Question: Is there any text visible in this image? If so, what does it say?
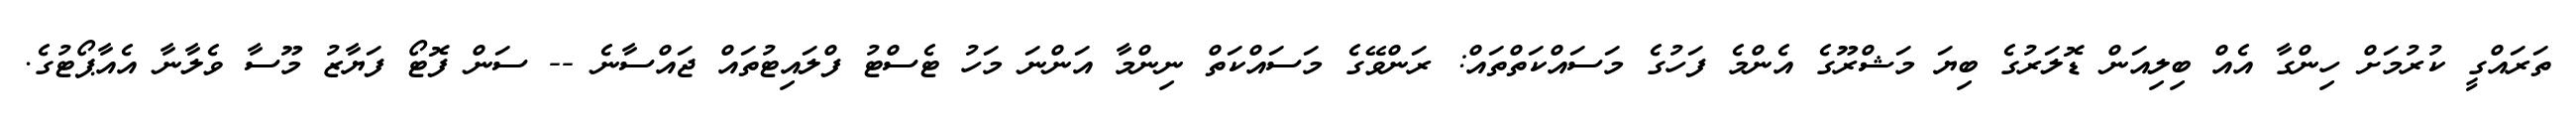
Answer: ތަރައްގީ ކުރުމަށް ހިންގާ އެއް ބިލިއަން ޑޮލަރުގެ ބިޔަ މަޝްރޫގެ އެންމެ ފަހުގެ މަސައްކަތްތައް: ރަންވޭގެ މަސައްކަތް ނިންމާ އަންނަ މަހު ޓެސްޓު ފްލައިޓުތައް ޖައްސާނެ -- ސަން ފޮޓޯ ފަޔާޒު މޫސާ ވެލާނާ އެއާޕޯޓުގެ.